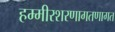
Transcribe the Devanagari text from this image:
हम्मीरशरणागतणागत